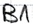
Text: B1